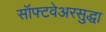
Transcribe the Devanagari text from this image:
सॉफ्टवेअरसुद्धा